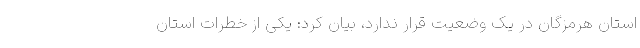
استان هرمزگان در یک وضعیت قرار ندارد، بیان کرد: یکی از خطرات استان